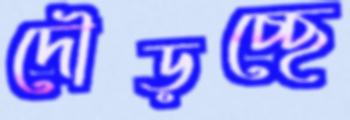
দৌড়চ্ছে